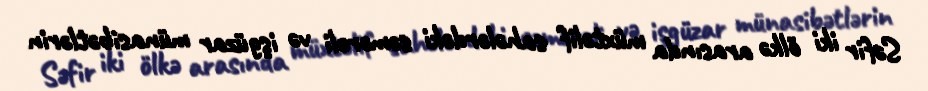
Səfir iki ölkə arasında müxtəlif sahələrdəki səmərəli və işgüzar münasibətlərin